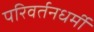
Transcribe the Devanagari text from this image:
परिवर्तनधर्मी